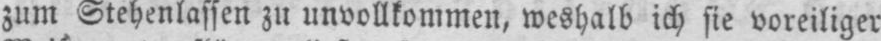
zum Stehenlassen zu unvollkommen, weshalb ich sie voreiliger